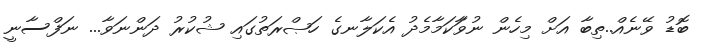
ބޮޑު ވޭނެއް..ތިބާ އަށް މިހެން ނުވަާކަމާމެދު އެކަލާނގެ ހަޞްރަތުގައި ޝުކުރު ދަންނަވާ... ނަފްސާނީ